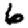
Digit: 6